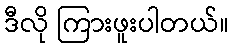
ဒီလို ကြားဖူးပါတယ်။